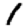
Digit: 1